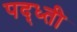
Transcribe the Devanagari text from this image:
पद्ध्ती